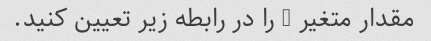
مقدار متغیر x را در رابطه زیر تعیین کنید.